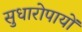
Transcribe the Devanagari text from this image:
सुधारोपायों